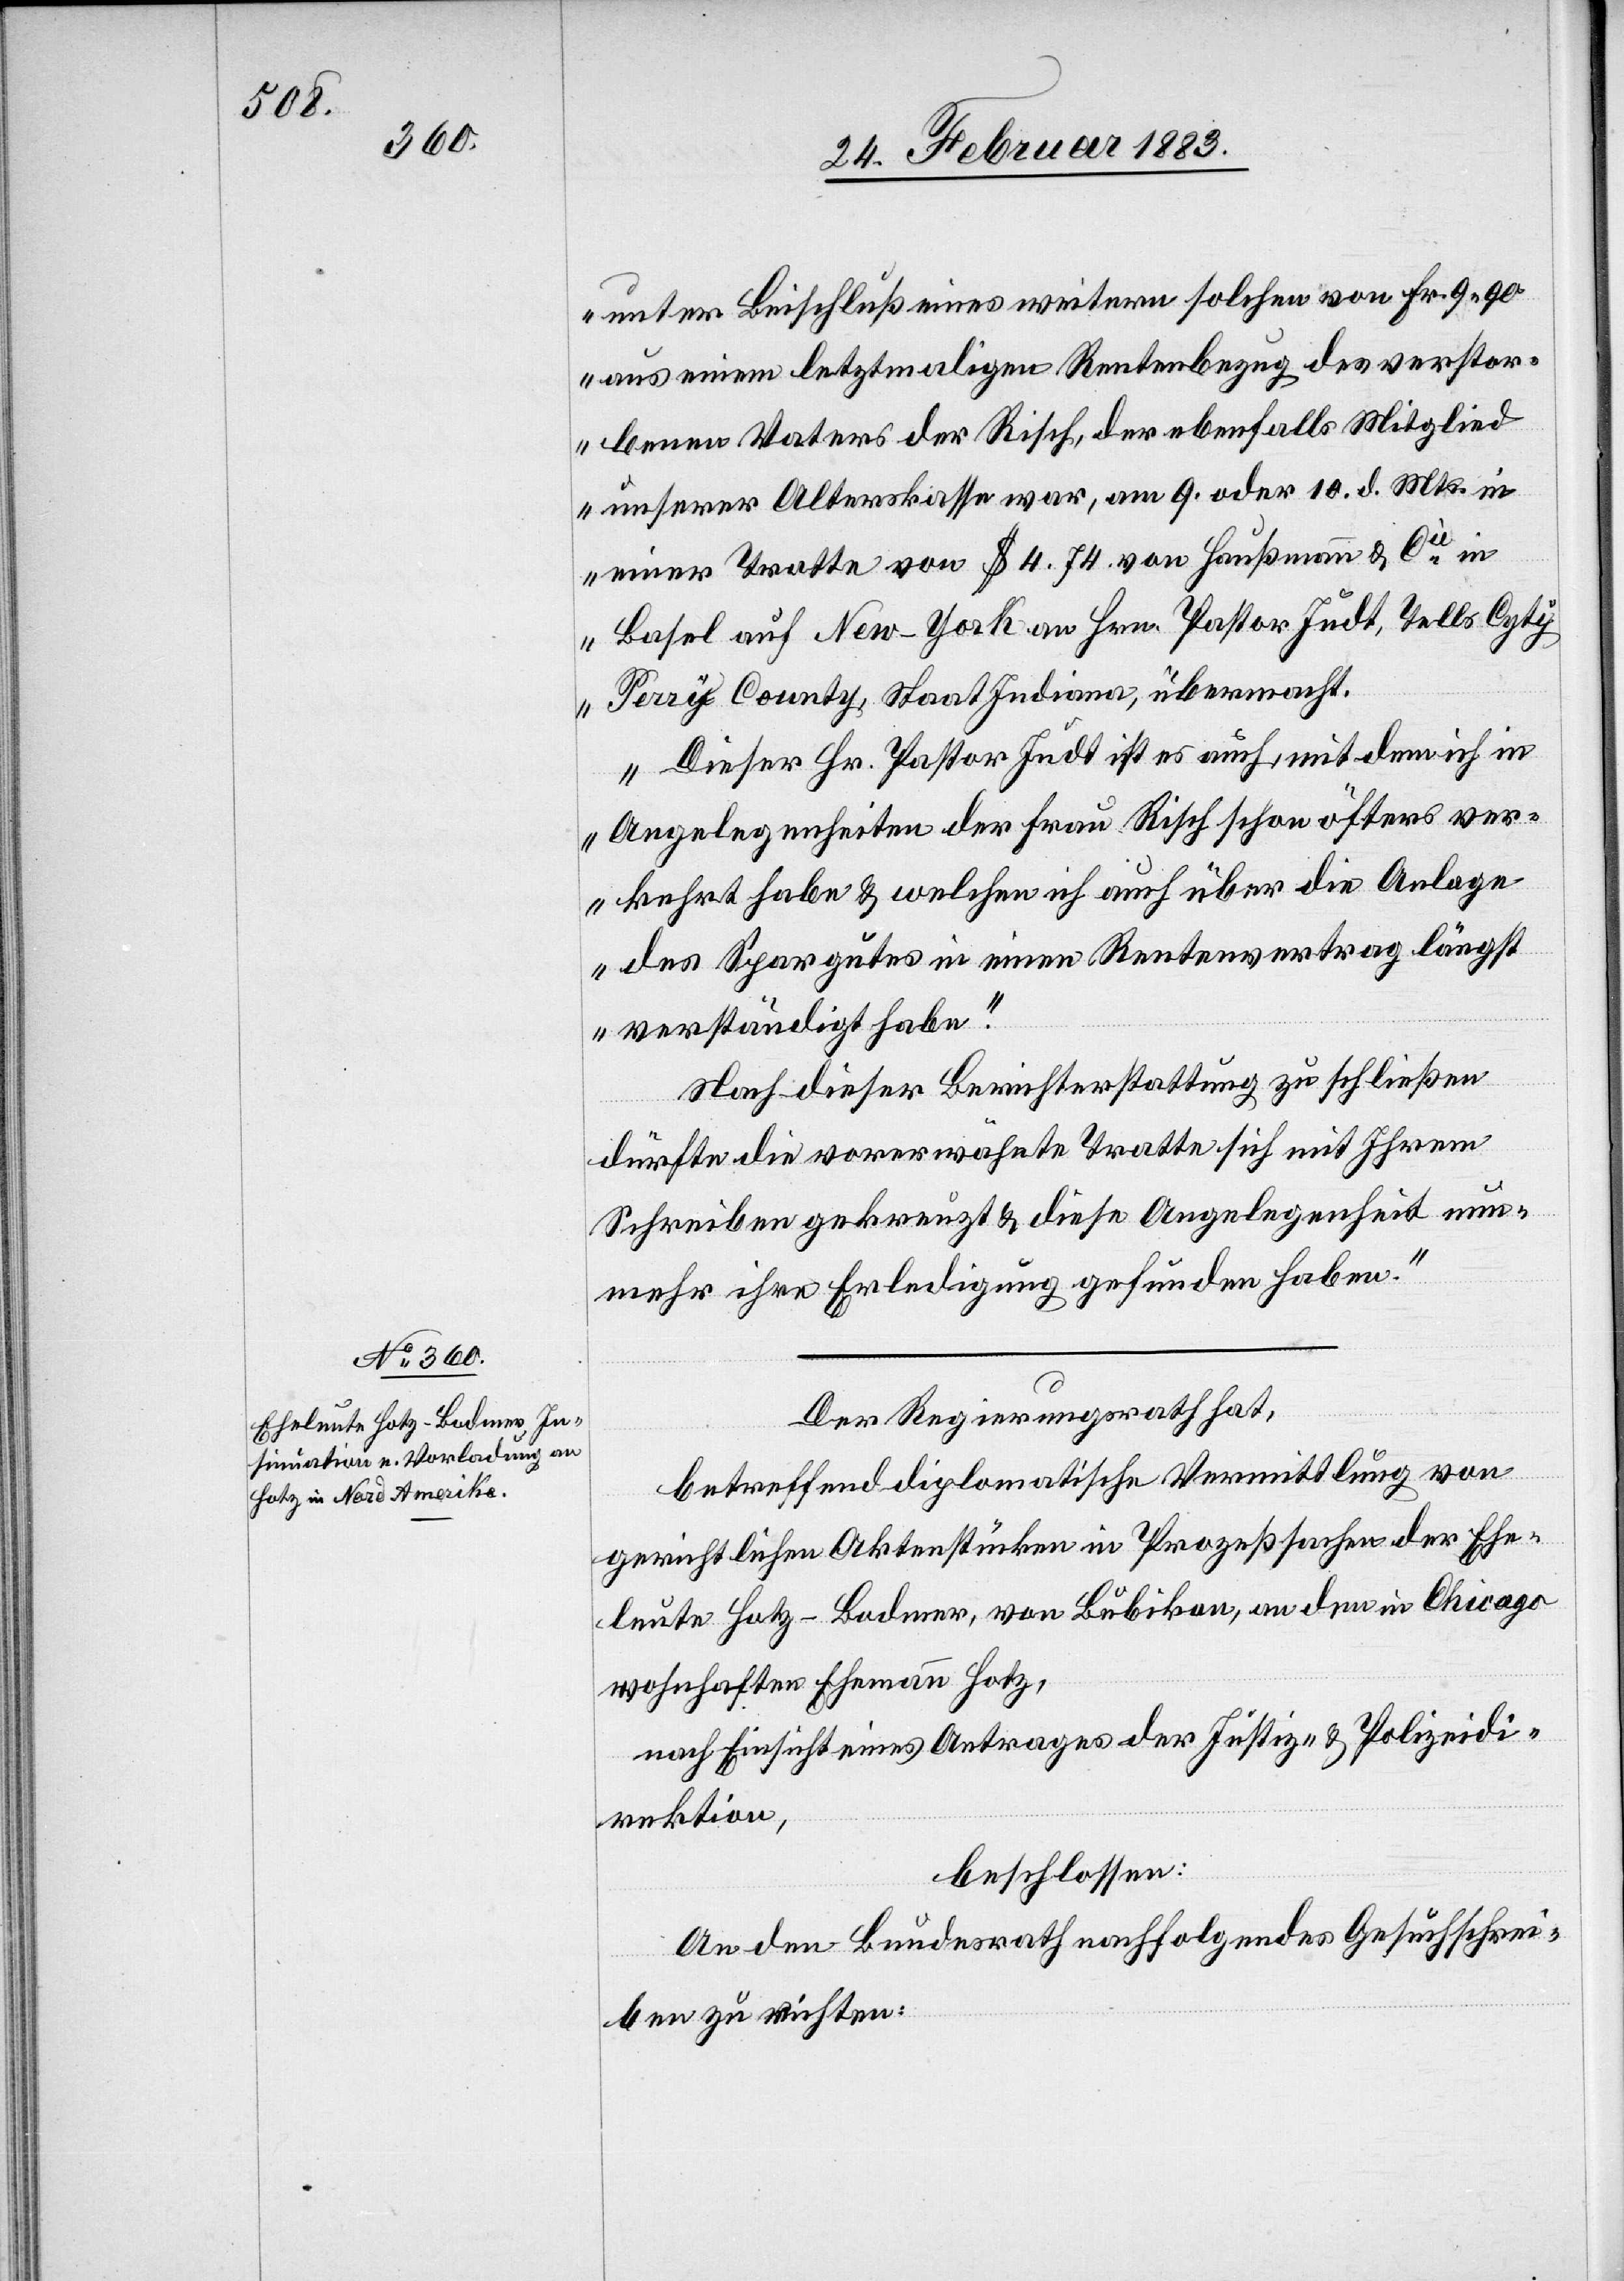
unter Beischluß eines weitern solchen von Fr. 9 90
aus einem letztmaligen Rentenbezug des verstor¬
benen Vaters der Risch, der ebenfalls Mitglied
unserer Alterskasse war, am 9. oder 10. d. Mts. in
einer Tratte von $ 4.74. von Haußmann & Cie in
Basel auf New-York an Hrn. Pastor Judt, Tells Cyty
Perry County, Staat Indiana, übermacht.
Dieser Hr. Pastor Judt ist es auch, mit dem ich in
Angelegenheiten der Frau Risch schon öfters ver¬
kehrt habe & welchen ich auch über die Anlage
des Spargutes in einem Rentenvertrag längst
verständigt habe.
Nach dieser Berichterstattung zu schließen
dürfte die vorerwähnte Tratte sich mit Ihrem
Schreiben gekreuzt & diese Angelegenheit nun¬
mehr ihre Erledigung gefunden haben.“
Der Regierungsrath hat,
betreffend diplomatische Vermittlung von
gerichtlichen Aktenstücken in Prozeßsachen der Ehe¬
leute Hotz-Bodmer, von Bubikon, an den in Chicago
wohnhaften Ehemann Hotz,
nach Einsicht eines Antrages der Justiz- & Polizeidi¬
rektion,
beschlossen:
An den Bundesrath nachfolgendes Gesuchschrei¬
ben zu richten: